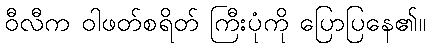
ဝီလီက ဝါဖတ်စရိတ် ကြီးပုံကို ပြောပြနေ၏။